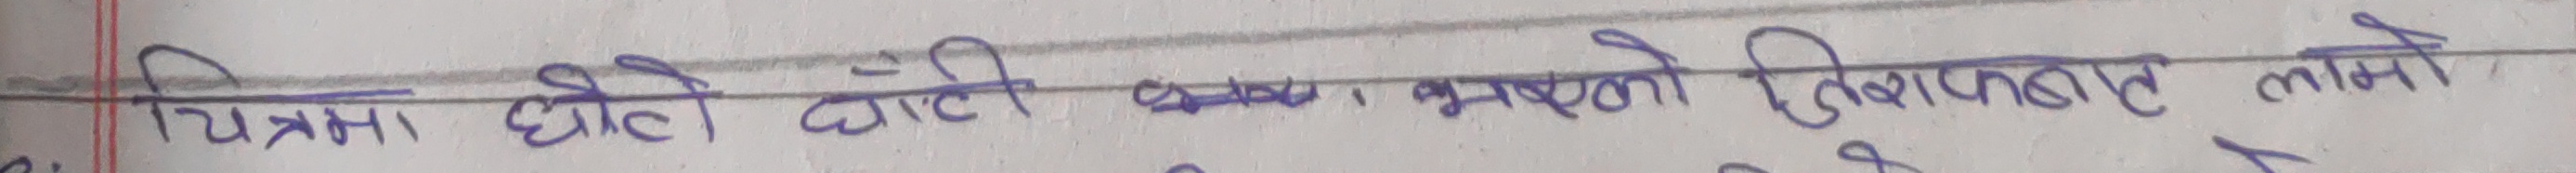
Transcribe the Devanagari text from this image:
चित्रमा घिउ धुलो बालुवा भएको तुलनागत लामो